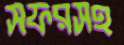
সফরসহ